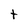
Character: t